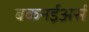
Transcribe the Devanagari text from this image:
बकनईअर्स